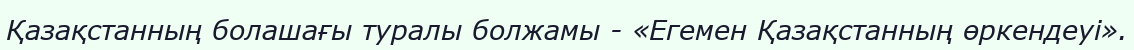
Қазақстанның болашағы туралы болжамы - «Егемен Қазақстанның өркендеуі».